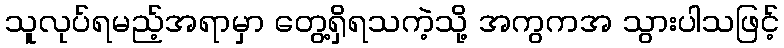
သူလုပ်ရမည့်အရာမှာ တွေ့ရှိရသကဲ့သို့ အကွကအ သွားပါသဖြင့်